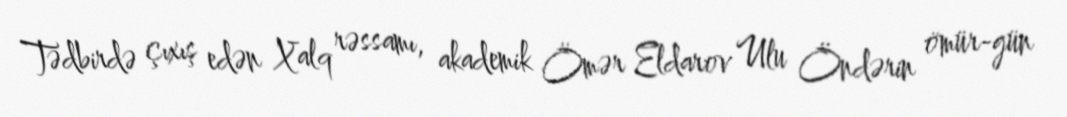
Tədbirdə çıxış edən Xalq rəssamı, akademik Ömər Eldarov Ulu Öndərin ömür-gün